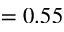
= 0 . 5 5